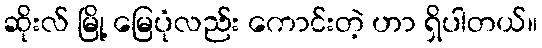
ဆိုးလ် မြို့ မြေပုံလည်း ကောင်းတဲ့ ဟာ ရှိပါတယ်။